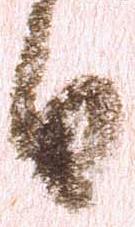
日